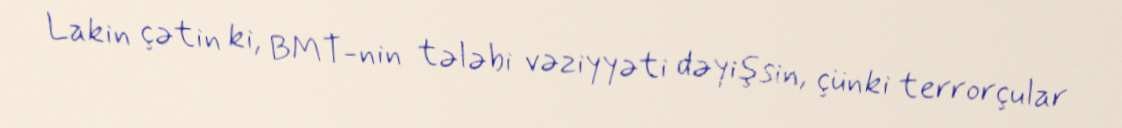
Lakin çətin ki, BMT-nin tələbi vəziyyəti dəyişsin, çünki terrorçular